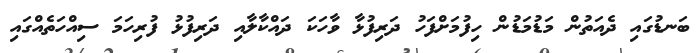
ބަނޑުގައި ދެއަތުން މަޑުމަޑުން ހިފުމަށްފަހު ދަރިފުޅާ ވާހަކަ ދައްކާލާއި ދަރިފުޅު ފުރިހަމަ ސިއްހަތެއްގައި